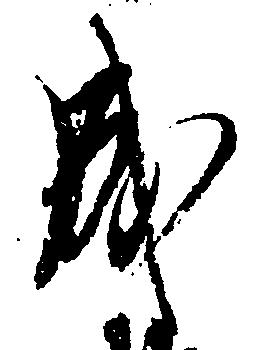
成